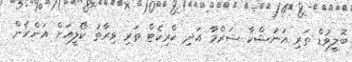
ބޮލީވުޑް ތަރި އަނުޝްކާ ޝަރްމާ އަދި ކްރިކެޓް ތަރި ވިރާތު ކޯލީއަށް އަންހެން